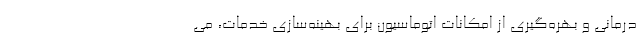
درمانی و بهره‌گیری از امکانات اتوماسیون برای بهینه‌سازی خدمات، می